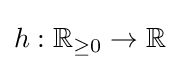
h:\mathbb {R} _{\geq 0}\to \mathbb {R}